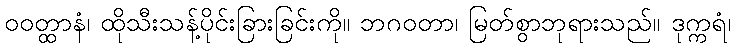
ဝဝတ္ထာနံ၊ ထိုသီးသန့်ပိုင်းခြားခြင်းကို။ ဘဂဝတာ၊ မြတ်စွာဘုရားသည်။ ဒုက္ကရံ၊